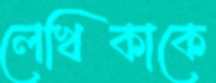
লেখিকাকে